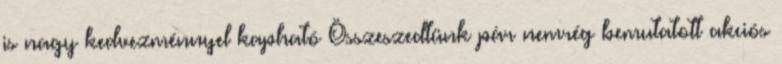
is nagy kedvezménnyel kapható Összeszedtünk pár nemrég bemutatott akciós